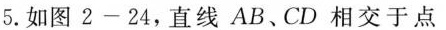
5.如图2-24，直线AB、CD相交于点